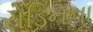
રોડિનના